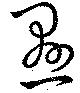
懸